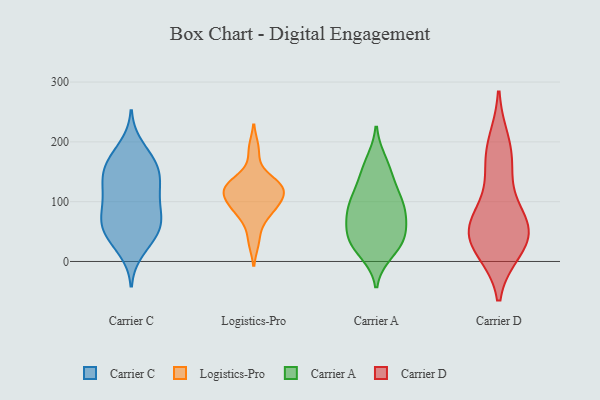
{"axis": {"x": "Gross Profit (USD K)", "y": "Value"}, "legend": ["Carrier A", "Carrier C", "Carrier D", "Logistics-Pro"], "data": [{"x": "", "y": 165, "type": "Carrier C"}, {"x": "", "y": 38, "type": "Carrier C"}, {"x": "", "y": 165, "type": "Carrier C"}, {"x": "", "y": 58, "type": "Carrier C"}, {"x": "", "y": 146, "type": "Carrier C"}, {"x": "", "y": 152, "type": "Carrier C"}, {"x": "", "y": 171, "type": "Carrier C"}, {"x": "", "y": 39, "type": "Carrier C"}, {"x": "", "y": 113, "type": "Carrier C"}, {"x": "", "y": 59, "type": "Carrier C"}, {"x": "", "y": 193, "type": "Carrier C"}, {"x": "", "y": 72, "type": "Carrier C"}, {"x": "", "y": 137, "type": "Carrier C"}, {"x": "", "y": 18, "type": "Carrier C"}, {"x": "", "y": 56, "type": "Carrier C"}, {"x": "", "y": 74, "type": "Carrier C"}, {"x": "", "y": 129, "type": "Carrier C"}, {"x": "", "y": 110, "type": "Carrier C"}, {"x": "", "y": 82, "type": "Carrier C"}, {"x": "", "y": 105, "type": "Carrier C"}, {"x": "", "y": 80, "type": "Logistics-Pro"}, {"x": "", "y": 120, "type": "Logistics-Pro"}, {"x": "", "y": 134, "type": "Logistics-Pro"}, {"x": "", "y": 35, "type": "Logistics-Pro"}, {"x": "", "y": 110, "type": "Logistics-Pro"}, {"x": "", "y": 127, "type": "Logistics-Pro"}, {"x": "", "y": 129, "type": "Logistics-Pro"}, {"x": "", "y": 187, "type": "Logistics-Pro"}, {"x": "", "y": 95, "type": "Logistics-Pro"}, {"x": "", "y": 112, "type": "Logistics-Pro"}, {"x": "", "y": 82, "type": "Logistics-Pro"}, {"x": "", "y": 42, "type": "Carrier A"}, {"x": "", "y": 16, "type": "Carrier A"}, {"x": "", "y": 33, "type": "Carrier A"}, {"x": "", "y": 130, "type": "Carrier A"}, {"x": "", "y": 59, "type": "Carrier A"}, {"x": "", "y": 84, "type": "Carrier A"}, {"x": "", "y": 93, "type": "Carrier A"}, {"x": "", "y": 84, "type": "Carrier A"}, {"x": "", "y": 113, "type": "Carrier A"}, {"x": "", "y": 40, "type": "Carrier A"}, {"x": "", "y": 166, "type": "Carrier A"}, {"x": "", "y": 89, "type": "Carrier A"}, {"x": "", "y": 28, "type": "Carrier A"}, {"x": "", "y": 154, "type": "Carrier A"}, {"x": "", "y": 198, "type": "Carrier D"}, {"x": "", "y": 176, "type": "Carrier D"}, {"x": "", "y": 22, "type": "Carrier D"}, {"x": "", "y": 74, "type": "Carrier D"}, {"x": "", "y": 63, "type": "Carrier D"}, {"x": "", "y": 54, "type": "Carrier D"}, {"x": "", "y": 54, "type": "Carrier D"}, {"x": "", "y": 42, "type": "Carrier D"}, {"x": "", "y": 147, "type": "Carrier D"}, {"x": "", "y": 21, "type": "Carrier D"}]}